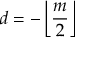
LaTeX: d = - \left\lfloor { \frac { m } { 2 } } \right\rfloor